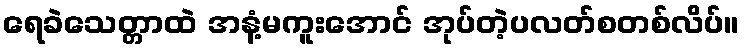
ရေခဲသေတ္တာထဲ အနံ့မကူးအောင် အုပ်တဲ့ပလတ်စတစ်လိပ်။